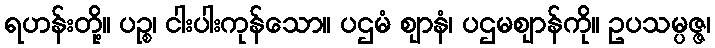
ရဟန်းတို့။ ပဉ္စ၊ ငါးပါးကုန်သော။ ပဌမံ ဈာနံ၊ ပဌမဈာန်ကို။ ဥပသမ္ပဇ္ဇ၊